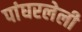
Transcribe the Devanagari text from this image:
पांघरलेली